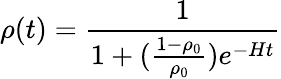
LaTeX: \rho(t)=\frac{1}{1+(\frac{1-\rho_{0}}{\rho_{0}})e^{-Ht}}